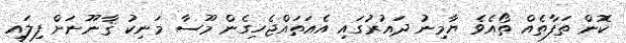
ކޮން ތަފާތެއް ތޯއެވެ ޔާމިނު ދައުރުގައި އެއަތައްޖެހިގެން މޫސާ މަނިކު ޤާނޫނަށް ފިލައި